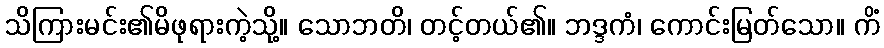
သိကြားမင်း၏မိဖုရားကဲ့သို့။ သောဘတိ၊ တင့်တယ်၏။ ဘဒ္ဒကံ၊ ကောင်းမြတ်သော။ ကိံ